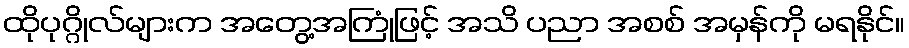
ထိုပုဂ္ဂိုလ်များက အတွေ့အကြုံဖြင့် အသိ ပညာ အစစ် အမှန်ကို မရနိုင်။